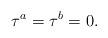
LaTeX: \begin{align*}\tau^a=\tau^b=0.\end{align*}